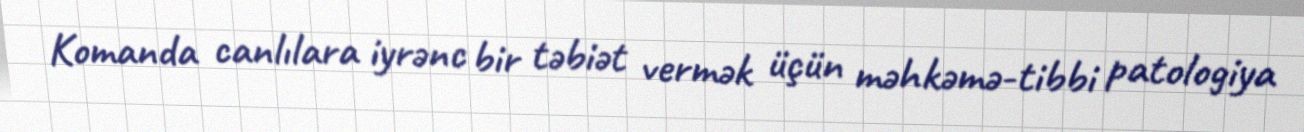
Komanda canlılara iyrənc bir təbiət vermək üçün məhkəmə-tibbi patologiya